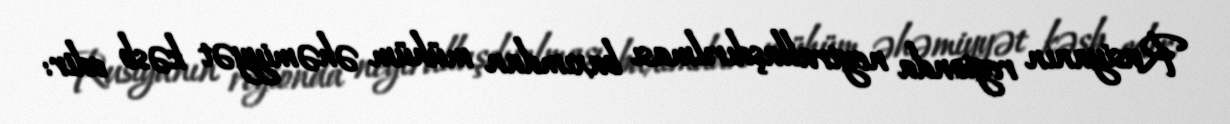
Rusiyanın regionda neytrallaşdırılması baxımdan mühüm əhəmiyyət kəsb edir: